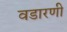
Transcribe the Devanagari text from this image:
वडारणी